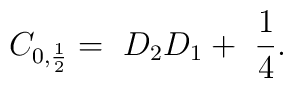
C_{0, \frac{1}{2} } =  \  D_2 D_1 + \ \frac{1}{4} .